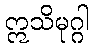
ဣသိမုဂ္ဂါ